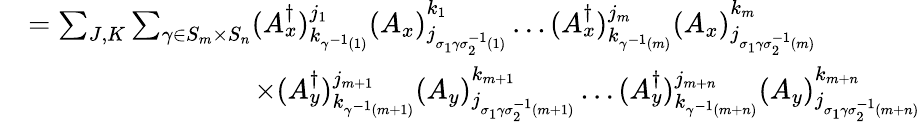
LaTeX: \begin{array}{rl}{}&{=\sum_{J,K}\sum_{\gamma\in S_{m}\times S_{n}}(A_{x}^{\dagger})_{k_{\gamma^{-1}(1)}}^{j_{1}}(A_{x})_{j_{\sigma_{1}\gamma\sigma_{2}^{-1}(1)}}^{k_{1}}\dots(A_{x}^{\dagger})_{k_{\gamma^{-1}(m)}}^{j_{m}}(A_{x})_{j_{\sigma_{1}\gamma\sigma_{2}^{-1}(m)}}^{k_{m}}}\\ {}&{\qquad\qquad\qquad\qquad\times(A_{y}^{\dagger})_{k_{\gamma^{-1}(m+1)}}^{j_{m+1}}(A_{y})_{j_{\sigma_{1}\gamma\sigma_{2}^{-1}(m+1)}}^{k_{m+1}}\dots(A_{y}^{\dagger})_{k_{\gamma^{-1}(m+n)}}^{j_{m+n}}(A_{y})_{j_{\sigma_{1}\gamma\sigma_{2}^{-1}(m+n)}}^{k_{m+n}}}\end{array}